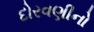
દોરવણીનો